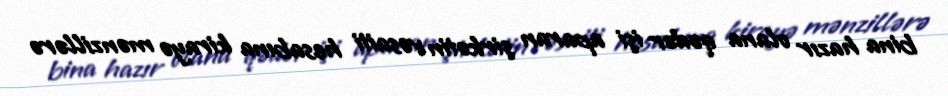
bina hazır olana qədər işi aparan şirkətin vəsaiti hesabına kirayə mənzillərə